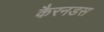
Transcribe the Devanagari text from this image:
कैरनडस